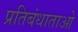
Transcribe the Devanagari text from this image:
प्रतिबंधाताओ